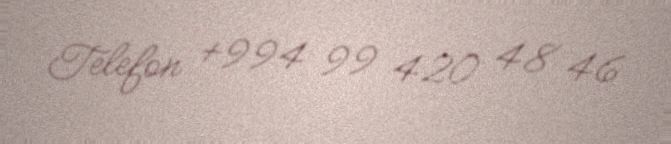
Telefon +994 99 420 48 46